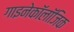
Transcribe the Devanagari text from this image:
गाइनेकॉलॉजिक